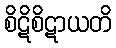
စိဋိစိဋာယတိ